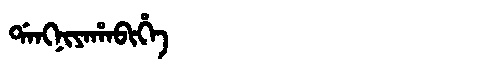
Manchu: ᡩᠠᠩᠨᡳᠶᠠᡥᠠᠪᡳᡥᡝ
Romanization: DANGNIYAHABIHE